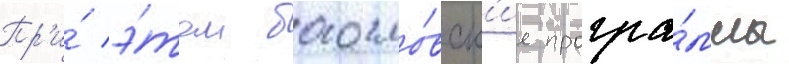
Пр'и́ э́том богосло́вск'ие програ́ммы